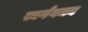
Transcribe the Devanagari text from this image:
स्वर्गगमन